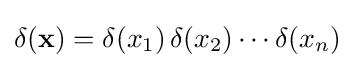
\delta (\mathbf {x} )=\delta (x_{1})\,\delta (x_{2})\cdots \delta (x_{n})